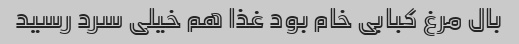
بال مرغ کبابی خام بود غذا هم خیلی سرد رسید